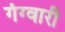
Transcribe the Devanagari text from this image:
गंग्वारी